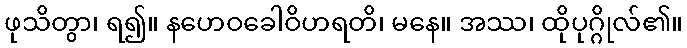
ဖုသိတွာ၊ ရ၍။ နဟေဝခေါဝိဟရတိ၊ မနေ။ အဿ၊ ထိုပုဂ္ဂိုလ်၏။